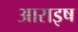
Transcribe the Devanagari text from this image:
आराइष